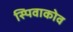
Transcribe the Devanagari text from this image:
स्पिवाकोव